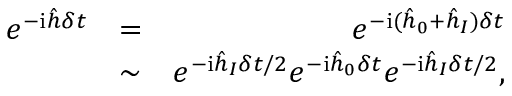
\begin{array} { r l r } { e ^ { - \mathrm { i } \hat { h } \delta t } } & { = } & { e ^ { - \mathrm { i } ( \hat { h } _ { 0 } + \hat { h } _ { I } ) \delta t } } \\ & { \sim } & { e ^ { - \mathrm { i } \hat { h } _ { I } \delta t / 2 } e ^ { - \mathrm { i } \hat { h } _ { 0 } \delta t } e ^ { - \mathrm { i } \hat { h } _ { I } \delta t / 2 } , } \end{array}